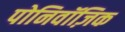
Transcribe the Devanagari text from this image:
पोनिवॉज़िक